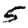
Digit: 5